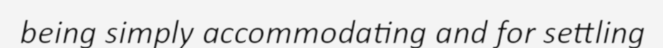
being simply accommodating and for settling